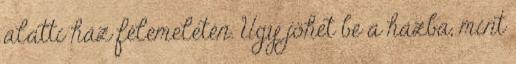
alatti ház félemeletén. Úgy jöhet be a házba, mint